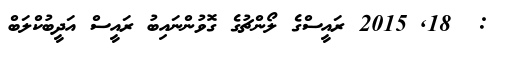
:  18